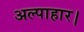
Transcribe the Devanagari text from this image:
अल्पाहार।